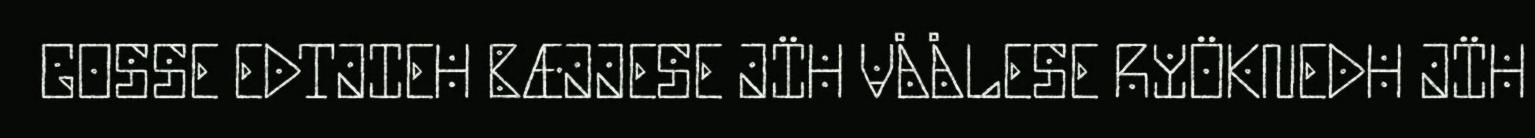
GOSSE EDTJIEH BÆJJESE JÏH VÅÅLESE RYÖKNEDH JÏH